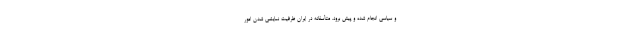
و سیاسی انجام شده و پیش برود. متأسفانه در ایران ظرفیت نمایشی شدن امور